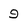
Character: 9